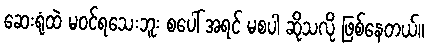
ဆေးရုံထဲ မဝင်ရသေးဘူး စပေါ် အရင် မစပါ ဆိုသလို ဖြစ်နေတယ်။